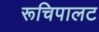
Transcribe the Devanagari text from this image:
रूचिपालट